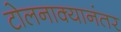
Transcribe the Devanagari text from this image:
टोलनाक्यानंतर